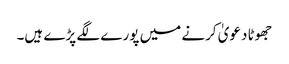
جھوٹا دعویٰ کرنے میں پورے لگے پڑے ہیں۔